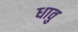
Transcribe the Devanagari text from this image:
धावु